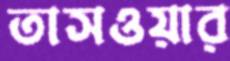
তাসওয়ার